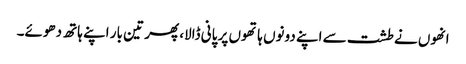
انھوں نے طشت سے اپنے دونوں ہاتھوں پر پانی ڈالا، پھر تین بار اپنے ہاتھ دھوئے۔